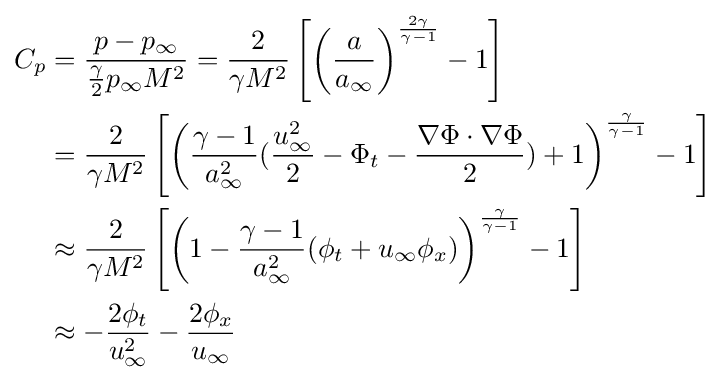
{\begin{aligned}C_{p}&={\frac {p-p_{\infty }}{{\frac {\gamma }{2}}p_{\infty }M^{2}}}={\frac {2}{\gamma M^{2}}}\left[\left({\frac {a}{a_{\infty }}}\right)^{\frac {2\gamma }{\gamma -1}}-1\right]\\&={\frac {2}{\gamma M^{2}}}\left[\left({\frac {\gamma -1}{a_{\infty }^{2}}}({\frac {u_{\infty }^{2}}{2}}-\Phi _{t}-{\frac {\nabla \Phi \cdot \nabla \Phi }{2}})+1\right)^{\frac {\gamma }{\gamma -1}}-1\right]\\&\approx {\frac {2}{\gamma M^{2}}}\left[\left(1-{\frac {\gamma -1}{a_{\infty }^{2}}}(\phi _{t}+u_{\infty }\phi _{x})\right)^{\frac {\gamma }{\gamma -1}}-1\right]\\&\approx -{\frac {2\phi _{t}}{u_{\infty }^{2}}}-{\frac {2\phi _{x}}{u_{\infty }}}\end{aligned}}